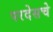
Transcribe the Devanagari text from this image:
परदेसचे